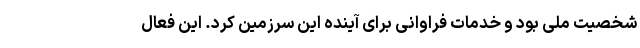
شخصیت ملی بود و خدمات فراوانی برای آینده این سرزمین کرد. این فعال